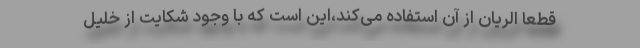
قطعا الریان از آن استفاده می‌کند،این است که با وجود شکایت از خلیل